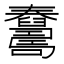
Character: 𦦺